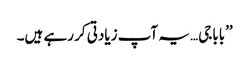
’’باباجی… یہ آپ زیادتی کر رہے ہیں۔